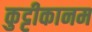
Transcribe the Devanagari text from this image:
कुट्टीकानम